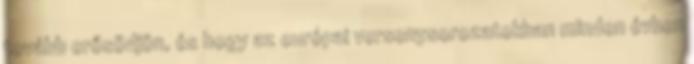
tovább erősödjön, és hogy az európai versenysorozatokban minden évben